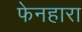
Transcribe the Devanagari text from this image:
फेनहारा